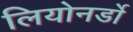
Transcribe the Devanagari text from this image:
लियोनर्डो